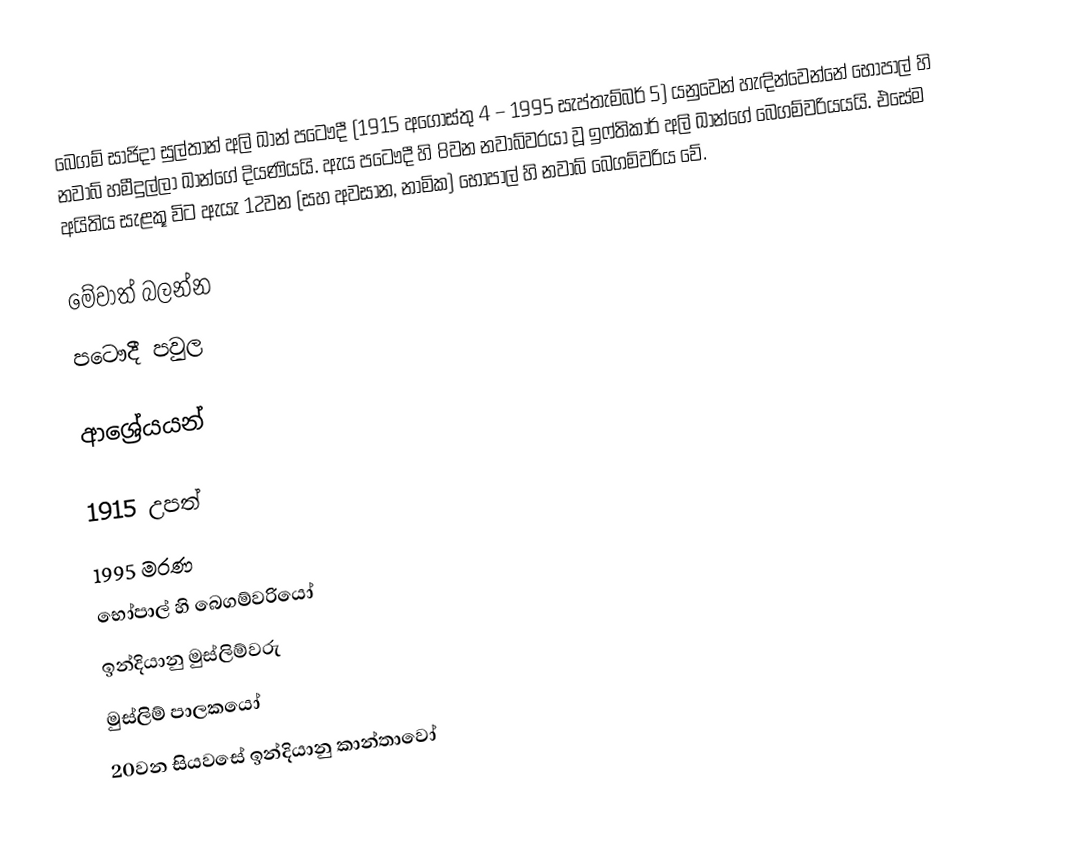
බෙගම් සාජිදා සුල්තාන් අලි ඛාන් පටෞදී (1915 අගෝස්තු 4 – 1995 සැප්තැම්බර් 5) යනුවෙන් හැඳින්වෙන්නේ භෝපාල් හි නවාබ් හමීදුල්ලා ඛාන්ගේ දියණියයි. ඇය පටෞදී හි 8වන නවාබ්වරයා වූ ඉෆ්තිකාර් අලි ඛාන්ගේ බෙගම්වරියයයි. එසේම අයිතිය සැළකූ විට ඇයැ 12වන (සහ අවසාන, නාමික) භෝපාල් හි නවාබ් බෙගම්වරිය වේ.

මේවාත් බලන්න
 පටෞදී පවුල

ආශ්‍රේයයන්

1915 උපත්
1995 මරණ
භෝපාල් හි බෙගම්වරියෝ
ඉන්දියානු මුස්ලිම්වරු
මුස්ලිම් පාලකයෝ
20වන සියවසේ ඉන්දියානු කාන්තාවෝ